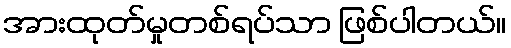
အားထုတ်မှုတစ်ရပ်သာ ဖြစ်ပါတယ်။